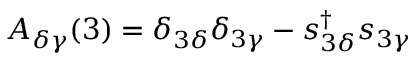
A _ { \delta \gamma } ( 3 ) = \delta _ { 3 \delta } \delta _ { 3 \gamma } - s _ { 3 \delta } ^ { \dagger } s _ { 3 \gamma }